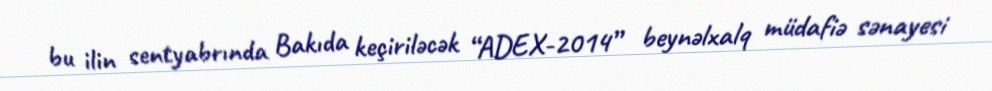
bu ilin sentyabrında Bakıda keçiriləcək “ADEX-2014” beynəlxalq müdafiə sənayesi